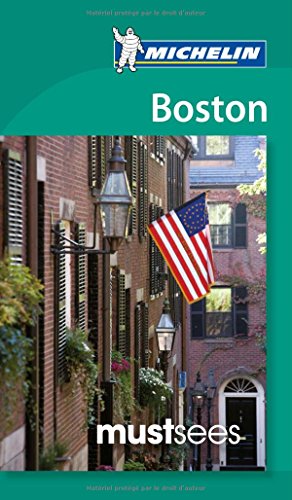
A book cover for Michelin Must Sees Boston (Must See Guides/Michelin); Michelin; Travel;